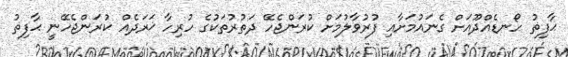
ޙާފިޡު ހޯނޑެއްދޫއަށް ގެނައުމަށާއި ފުރުވާލުމަށް ކުރަންޖެހޭ ދަތުރުތަކުގެ ހުރިހާ ޚަރަދެއް ކުރަންޖެހޭނީ ޙާފިޡު